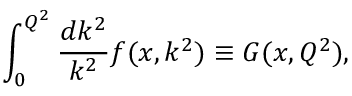
\int _ { 0 } ^ { Q ^ { 2 } } \frac { d k ^ { 2 } } { k ^ { 2 } } f ( x , k ^ { 2 } ) \equiv G ( x , Q ^ { 2 } ) ,